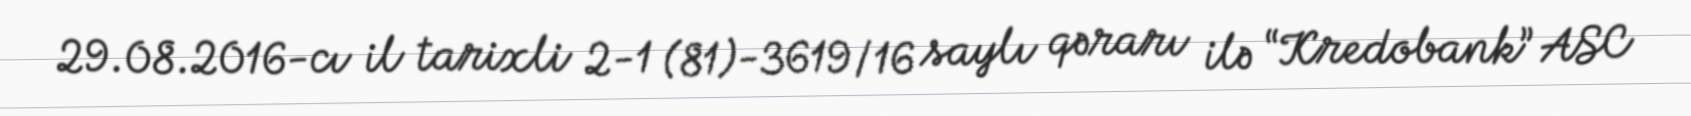
29.08.2016-cı il tarixli 2-1 (81)-3619/16 saylı qərarı ilə “Kredobank” ASC